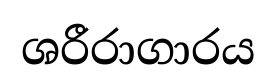
ශරීරාගාරය